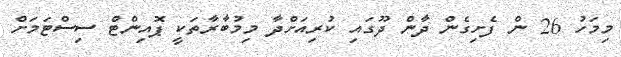
މިމަހު 26 ން ފެށިގެން ދާން ދޫގައި ކުރިއަށްދާ މިމުބާރާތަކީ ޕޮއިންޓް ސިސްޓަމަށް